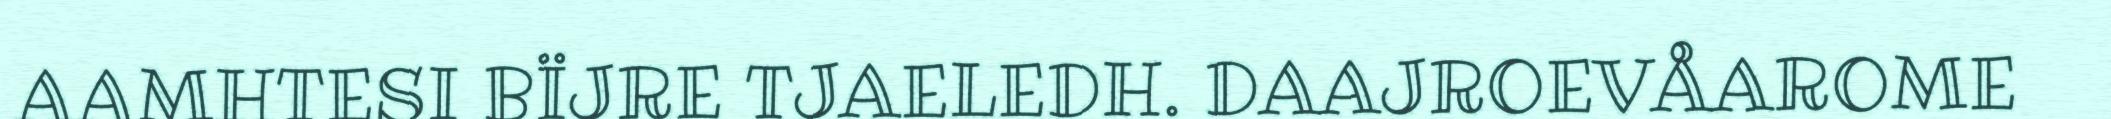
AAMHTESI BÏJRE TJAELEDH. DAAJROEVÅAROME